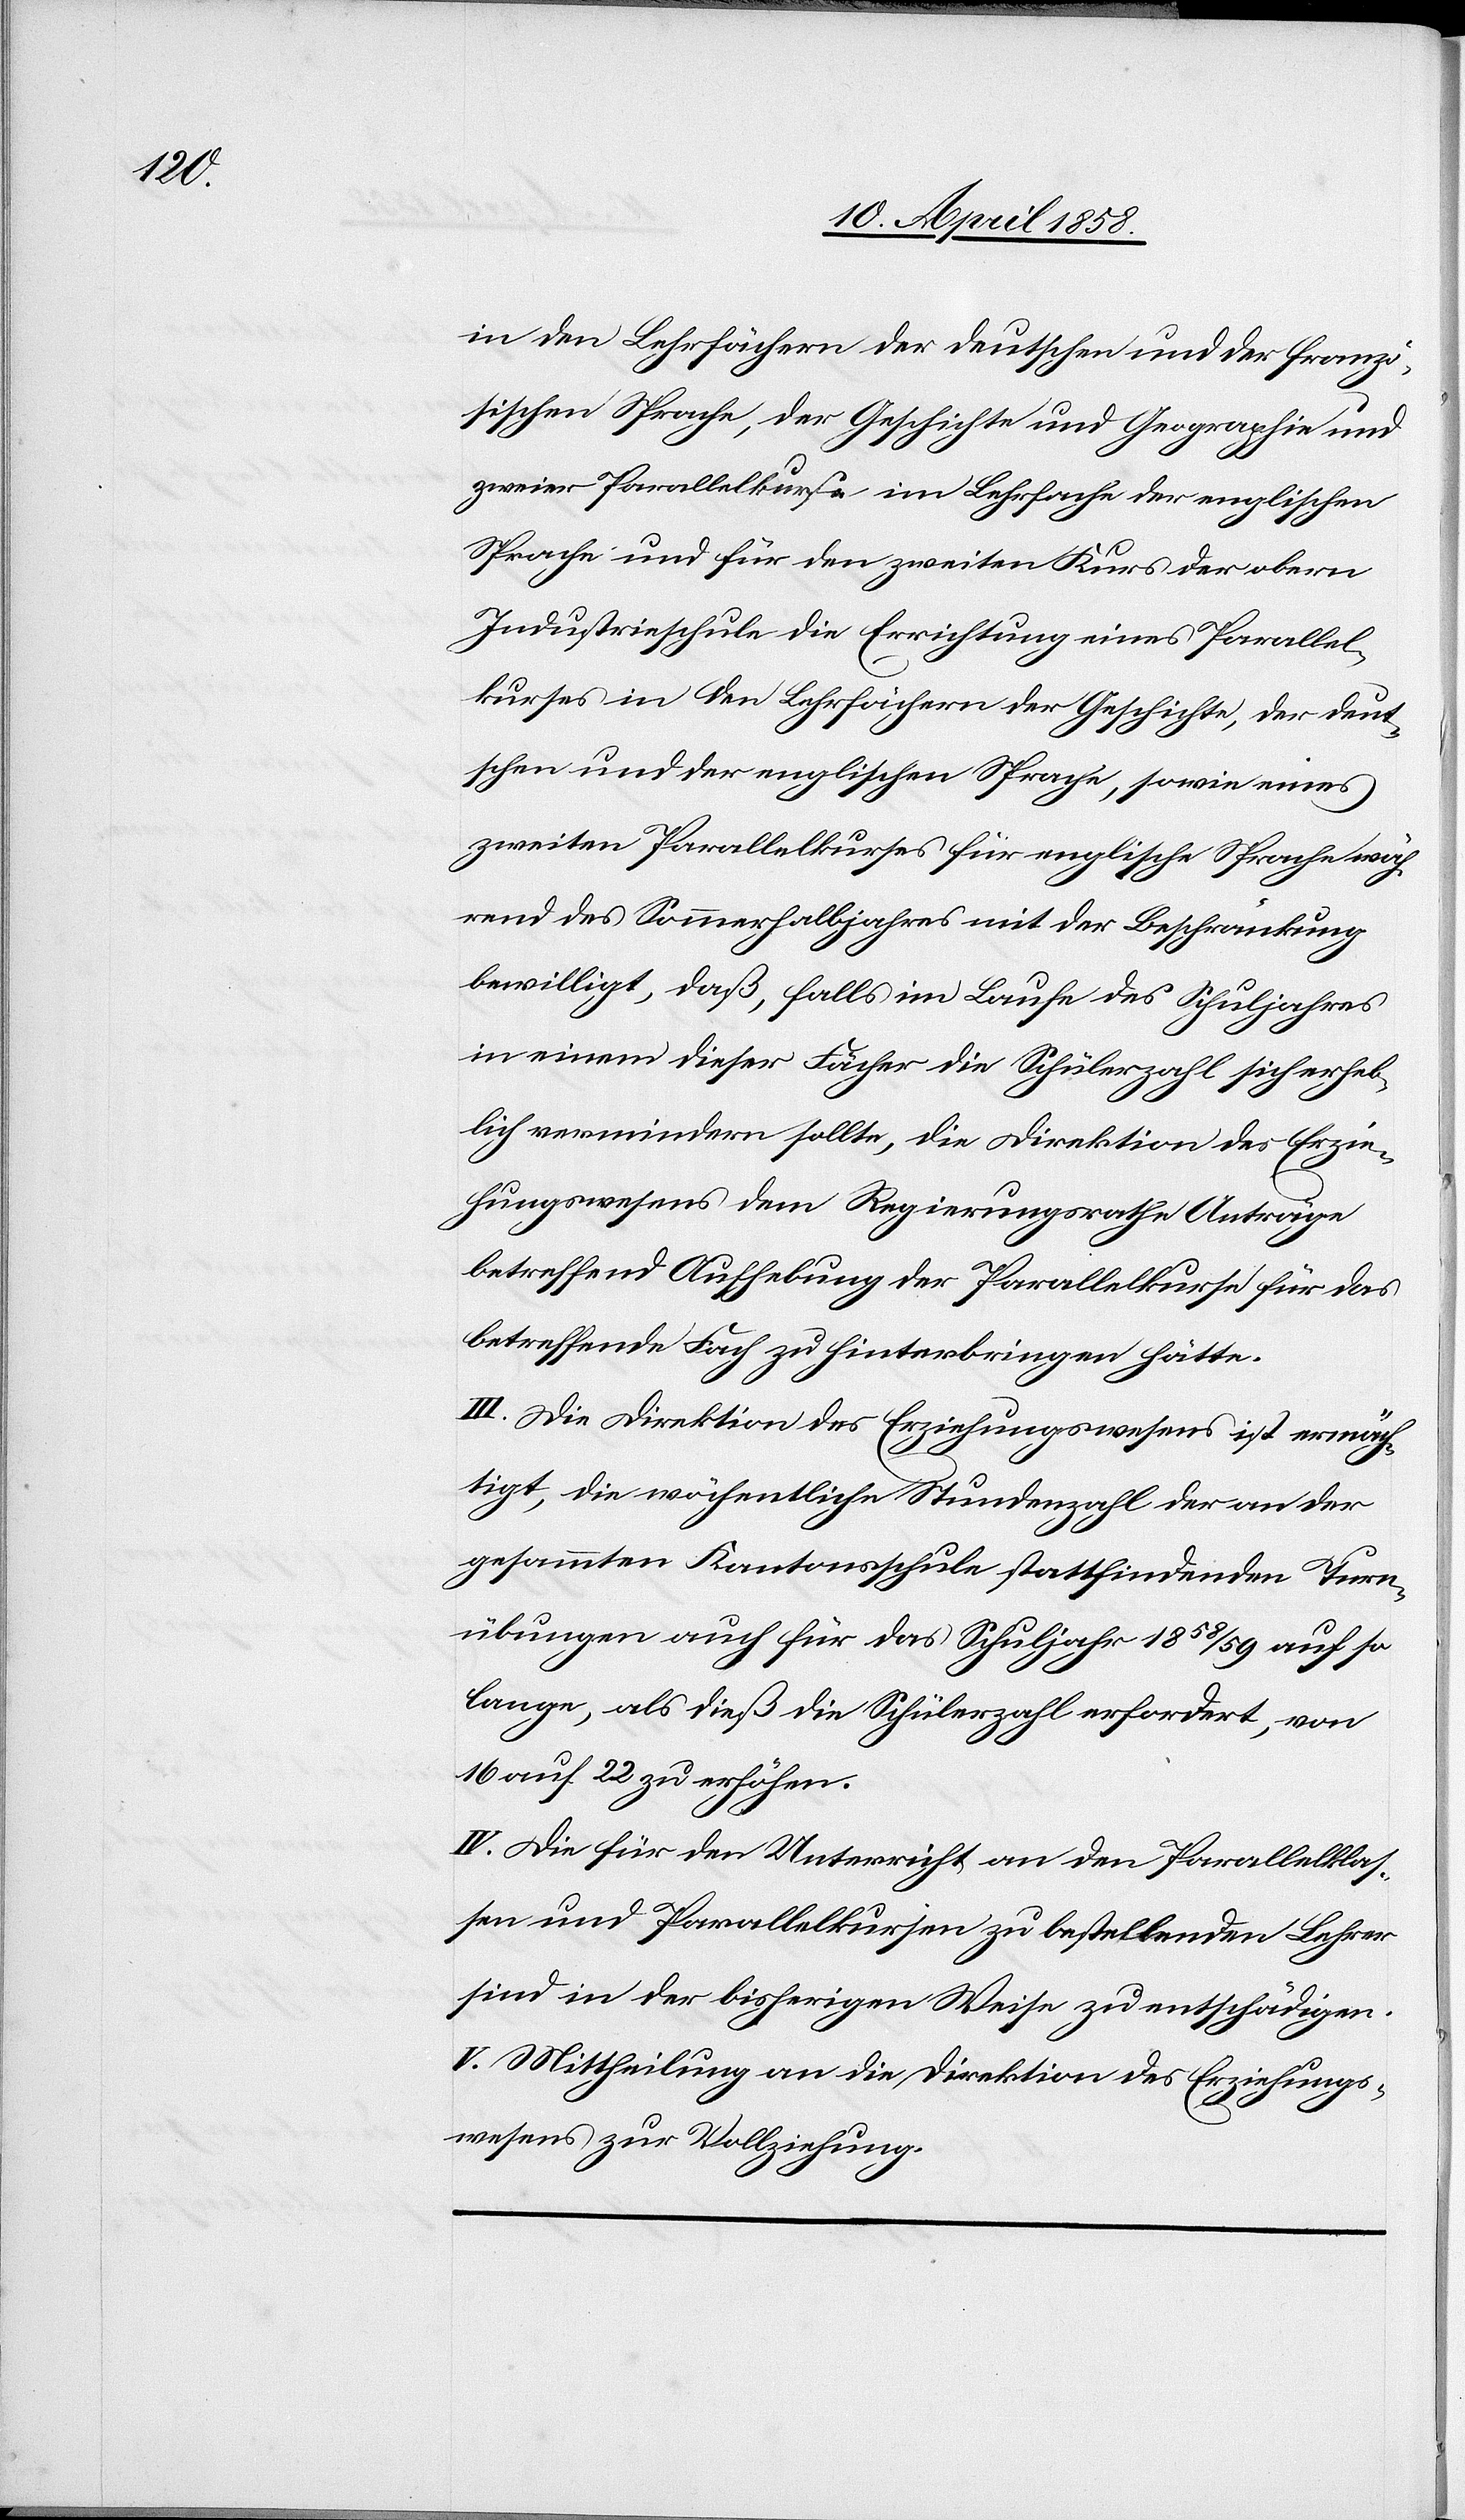
in den Lehrfächern der deutschen und der franzö¬
sischen Sprache, der Geschichte und Geographie und
zweier Parallelkurse im Lehrfache der englischen
Sprache und für den zweiten Kurs der obern
Industrieschule die Errichtung eines Parallel¬
kurses in den Lehrfächern der Geschichte, der deut¬
schen und der englischen Sprache, sowie eines
zweiten Parallelkurses für englische Sprache wäh¬
rend des Sommerhalbjahrs mit der Beschränkung
bewilligt, daß, falls im Laufe des Schuljahres
in einem dieser Fächer die Schülerzahl sich erheb¬
lich vermindern sollte, die Direktion des Erzie¬
hungswesens dem Regierungsrathe Anträge
betreffend Aufhebung der Parallelkurse für das
betreffende Fach zu hinterbringen hätte.
III. Die Direktion des Erziehungswesens ist ermäch¬
tigt, die wöchentliche Stundenzahl der an der
gesammten Kantonsschule stattfindenden Turn¬
übungen auch für das Schuljahr 1858/59 auf so
lange, als dieß die Schülerzahl erfordert, von
16 auf 22 zu erhöhen.
IV. Die für den Unterricht an den Parallelklas¬
sen und Parallelkursen zu erstellenden Lehrer
sind in der bisherigen Weise zu entschädigen.
V. Mittheilung an die Direktion des Erziehungs¬
wesens zur Vollziehung.